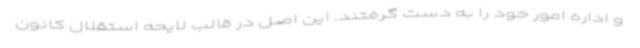
و اداره امور خود را به دست گرفتند. این اصل در قالب لایحه استقلال کانون